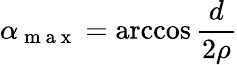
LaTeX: \alpha_{\mathrm{~m~a~x~}}=\operatorname{arccos}{\frac{d}{2\rho}}